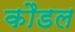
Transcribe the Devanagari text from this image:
कौडल